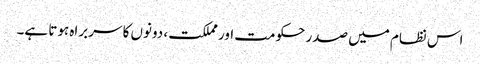
اس نظام میں صدر حکومت اور مملکت، دونوں کا سربراہ ہوتا ہے۔